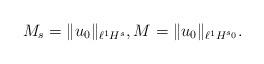
LaTeX: \begin{align*}M_s = \| u_0 \|_{\ell^1 H^s}, M = \| u_0 \|_{\ell^1 H^{s_0}}. \end{align*}